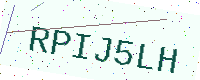
Text: RPIJ5LH